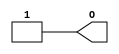
// $Header: /devl/xcs/repo/env/Databases/CAEInterfaces/versclibs/data/simprims/X_ONE.v,v 1.5 2005/03/14 21:05:15 yanx Exp $
///////////////////////////////////////////////////////////////////////////////
// Copyright (c) 1995/2004 Xilinx, Inc.
// All Right Reserved.
///////////////////////////////////////////////////////////////////////////////
//   ____  ____
//  /   /\/   /
// /___/  \  /    Vendor : Xilinx
// \   \   \/     Version : 8.1i (I.13)
//  \   \         Description : Xilinx Timing Simulation Library Component
//  /   /                  VCC Connection
// /___/   /\     Filename : X_ONE.v
// \   \  /  \    Timestamp : Thu Mar 25 16:43:57 PST 2004
//  \___\/\___\
//
// Revision:
//    03/23/04 - Initial version.
//    03/11/05 - Add LOC paramter;
// End Revision

`timescale 1 ps/1 ps

module X_ONE (O);

  parameter LOC = "UNPLACED";
  output O;

  assign O = 1'b1;

endmodule